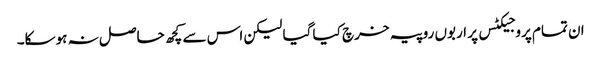
ان تمام پروجیکٹس پر اربوں روپیہ خرچ کیا گیا لیکن اس سے کچھ حاصل نہ ہوسکا۔